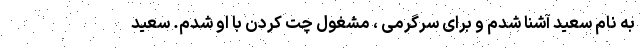
به نام سعید آشنا شدم و برای سرگرمی ، مشغول چت کردن با او شدم. سعید